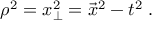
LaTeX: \rho ^ { 2 } = x _ { \perp } ^ { 2 } = \vec { x } ^ { 2 } - t ^ { 2 } \; .